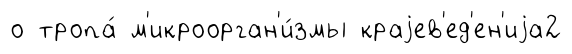
о тропа́ м'икроорган'и́змы краjев'ед'ен'иjа2